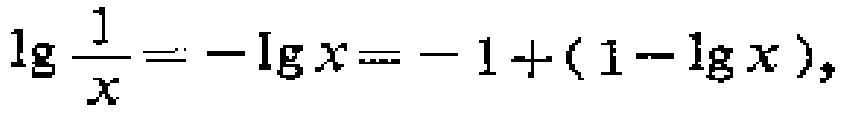
\(\lg \frac{1}{x}=-\lg x=-1+(1 - \lg x),\)